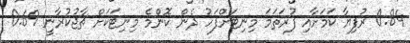
0.84 ރުފިޔާ ކަމަށާއި ފުރަތަމަ މިނިޓަށްފަހު ދެން ކޮންމެ މިނިޓަކަށް ޗާޖުކުރާނީ 0.69